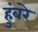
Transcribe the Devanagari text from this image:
हुंबरे